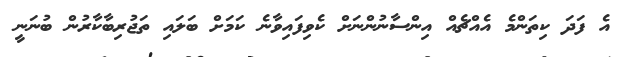
އެ ފަދަ ކިތަންމެ އެއްޗެއް އިންސާނުންނަށް ކެވިފައިވާނެ ކަމަށް ބަލައި ތަޖުރިބާކާރުން ބުނަނީ